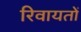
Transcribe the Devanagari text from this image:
रिवायतों